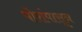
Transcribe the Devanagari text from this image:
पोरांपासून